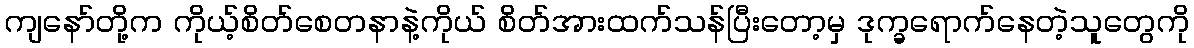
ကျနော်တို့က ကိုယ့်စိတ်စေတနာနဲ့ကိုယ် စိတ်အားထက်သန်ပြီးတော့မှ ဒုက္ခရောက်နေတဲ့သူတွေကို